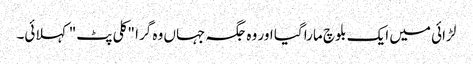
لڑائی میں ایک بلوچ مارا گیا اور وہ جگہ جہاں وہ گرا "کلی پٹ" کہلائی۔